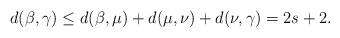
LaTeX: \begin{align*} d(\beta,\gamma)\leq d(\beta,\mu)+d(\mu,\nu)+d(\nu,\gamma)= 2s+2. \end{align*}